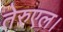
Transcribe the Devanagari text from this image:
तेरुएल।